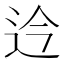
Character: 𫐡